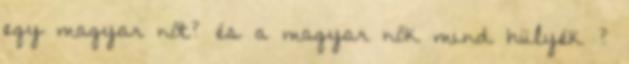
egy magyar nőt? és a magyar nők mind hülyék ?